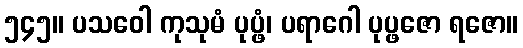
၅၄၅။ ပသဝေါ ကုသုမံ ပုပ္ဖံ၊ ပရာဂေါ ပုပ္ဖဇော ရဇော။